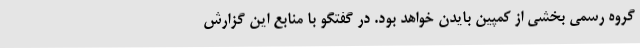
گروه رسمی بخشی از کمپین بایدن خواهد بود. در گفتگو با منابع این گزارش